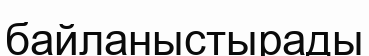
байланыстырады